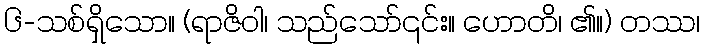
၆-သစ်ရှိသော။ (ရာဇိဝါ၊ သည်သော်၎င်း။ ဟောတိ၊ ၏။) တဿ၊